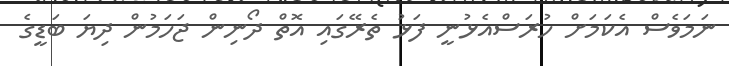
ނަމަވެސް އެކަމަށް ހުރަސްއެޅުނީ ފަޅު ތެރޭގައި އޮތް ދޯނިން ޖަހަމުން ދިޔަ ބަޑީގެ